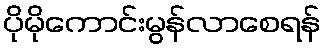
ပိုမိုကောင်းမွန်လာစေရန်